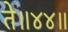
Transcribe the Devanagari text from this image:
ते॥४४॥